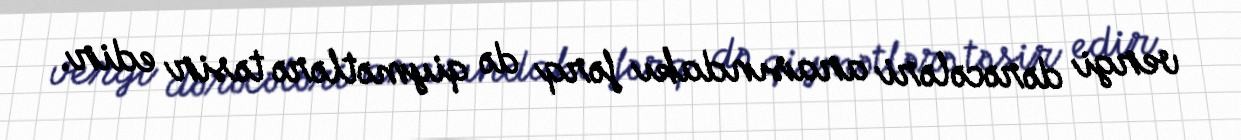
vergi dərəcələri arasındakı fərq də qiymətlərə təsir edir.